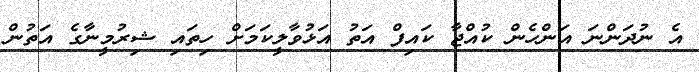
އެ ނުދަންނަ އަންހެން ކުއްޖާ ކައިފް އަތު އަޅުވާލީކަމަށް ހިތައި ޝިރުމީނާގެ އަތުން